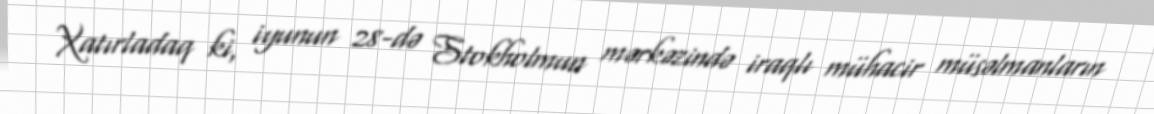
Xatırladaq ki, iyunun 28-də Stokholmun mərkəzində iraqlı mühacir müsəlmanların